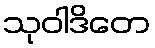
သုဝါဒိတေ